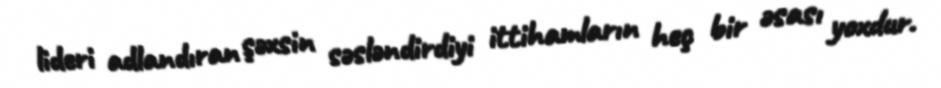
lideri adlandıran şəxsin səsləndirdiyi ittihamların heç bir əsası yoxdur.